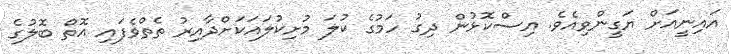
އައިނީއަށް ޔަގީންވިއެވެ. އިސްކޮޅުން ދިގު ހަމުގެ ކުލަ މުށިކުލައަކަށްދާއިރު ތެތްވެފައި އޮތް ބޮލުގެ